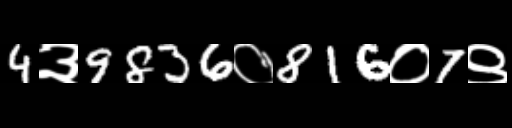
Text: 4३9836०816०7९